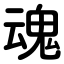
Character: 魂